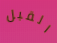
القبل